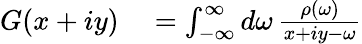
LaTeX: \begin{array}{rl}{G(x+iy)}&{{}=\int_{-\infty}^{\infty}d\omega\, \frac{\rho(\omega)}{x+iy-\omega}}\end{array}